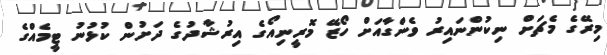
މިރޭގެ މެޗަށް ނިކުންނައިރު ވެންގާއަށް ހޯޒޭ މޮރީނިއޯގެ އިރުޝާދުގެ ދަށުން ކުޅުނު ޓީމެއްގެ